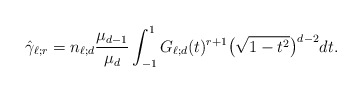
\begin{align*}\hat\gamma_{\ell; r}=n_{\ell;d}\frac{\mu_{d-1}}{\mu_d}\int_{-1}^1 G_{\ell;d}(t)^{r+1} \big(\sqrt{1-t^2}\big)^{d-2} dt.\end{align*}